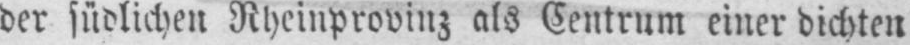
der südlichen Rheinprovinz als Centrum einer dichten